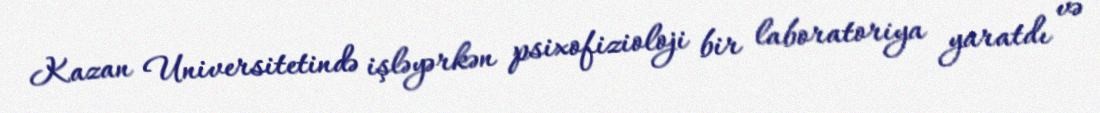
Kazan Universitetində işləyərkən psixofizioloji bir laboratoriya yaratdı və